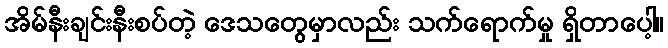
အိမ်နီးချင်းနီးစပ်တဲ့ ဒေသတွေမှာလည်း သက်ရောက်မှု ရှိတာပေါ့။